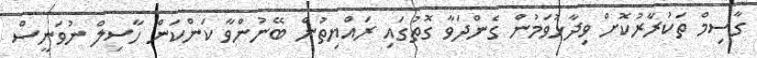
ގާސިމް ތަކުރާރުކޮށް ވިދާޅުވަމުން ގެންދަވާ ގޮތުގައި ރައްޔިތުން ބޭނުންވާ ކަންކަން ހާސިލް ނުވަނީސް